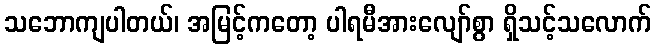
သဘောကျပါတယ်၊ အမြင့်ကတော့ ပါရမီအားလျော်စွာ ရှိသင့်သလောက်